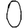
Digit: 0